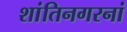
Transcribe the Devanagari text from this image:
शांतिनगरनां